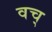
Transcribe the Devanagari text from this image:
वच्